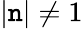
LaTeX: |\mathtt{n}|\neq1